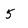
Character: 5